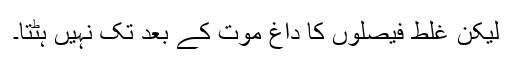
لیکن غلط فیصلوں کا داغ موت کے بعد تک نہیں ہٹتا۔